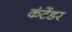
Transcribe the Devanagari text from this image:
कंटेंडर